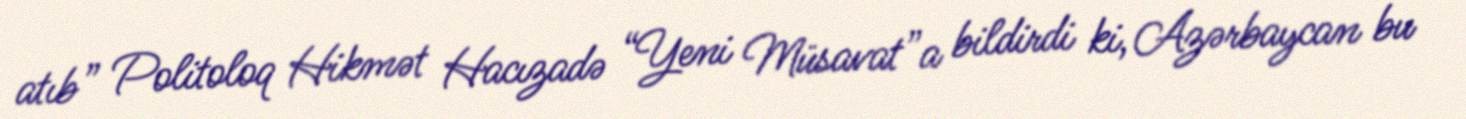
atıb” Politoloq Hikmət Hacızadə “Yeni Müsavat”a bildirdi ki, Azərbaycan bu